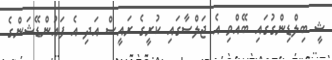
ޝީ ބިލްޑިންގުގައި ބޭއްވި އެ ޖަލްސާގައި ކުރީގެ ރައީސް އަދި އެ ފައުންޑޭޝަންގެ